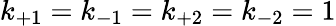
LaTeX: k_{+1}=k_{-1}=k_{+2}=k_{-2}=1